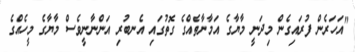
"އަހަރެން ފުރައިގެން މިދަނީ މާޔާގެ އަމާނާތެއްގެ ގޮތުގައި އެނބުރި އަންނާނީވެސް މާޔާގެ މީހެއްގެ